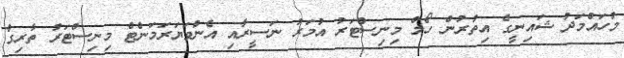
މުހައްމަދު ޝައިނީގެ އިތުރުން ހޯމް މިނިސްޓަރު އުމަރު ނަސީރާއި އެންވަޔަރަމަންޓް މިނިސްޓަރު ތާރިގް